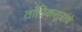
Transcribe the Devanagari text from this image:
तांत्रिकसूत्रांचे